Indian journal of veterinary science and animal husbandry - Volumes 28-29, 1958-1959
Year: 1958
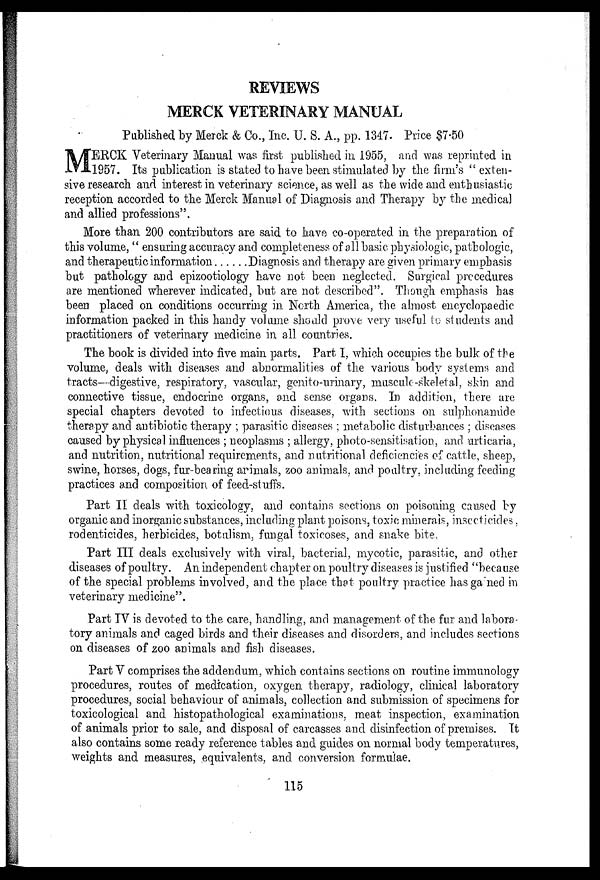
REVIEWS
MERCK VETERINARY MANUAL
Published by Merck & Co., Inc. U. S. A., pp. 1347. Price $7.50
M ERCK Veterinary Manual was first published in 1955, and was reprinted in
1957. Its publication is stated to have been stimulated by the firm's " exten-
sive research and interest in veterinary science, as well as the wide and enthusiastic
reception accorded to the Merck Manual of Diagnosis and Therapy by the medical
and allied professions"
More than 200 contributors are said to have co-operated in the preparation of
this volume, " ensuring accuracy and completeness of all basic physiologic, pathologic,
and therapeutic information
Diagnosis and therapy are given primary emphasis
but pathology and epizootiology have not been neglected. Surgical procedures
are mentioned wherever indicated, but are not described". Though emphasis has
been placed on conditions occurring in North America, the almost encyclopaedic
information packed in this handy volume should prove very useful to students and
practitioners of veterinary medicine in all countries.
The book is divided into five main parts. Part I, which occupies the bulk of the
volume, deals with diseases and abnormalities of the various body systems and
tracts—digestive, respiratory, vascular, genito-urinary, muscule-skeletal, skin and
connective tissue, endocrine organs, and sense organs. In addition, there are
special chapters devoted to infectious diseases, with sections on sulphonamide
therapy and antibiotic therapy ; parasitic diseases ; metabolic disturbances ; diseases
caused by physical influences ; neoplasms ; allergy, photo-sensitisation, and urticaria,
and nutrition, nutritional requirements, and nutritional deficiencies of cattle, sheep,
swine, horses, dogs, fur-bearing animals, zoo animals, and poultry, including feeding
practices and composition of feed-stuffs.
Part II deals with toxicology, and contains sections on poisoning caused by
organic and inorganic substances, including plant poisons, toxic minerals, insecticides,
rodenticides, herbicides, botulism, fungal toxicoses, and snake bite.
Part III deals exclusively with viral, bacterial, mycotic, parasitic, and other
diseases of poultry. An independent chapter on poultry diseases is justified "because
of the special problems involved, and the place that poultry practice has gained in
veterinary medicine".
Part IV is devoted to the care, handling, and management of the fur and labora-
tory animals and caged birds and their diseases and disorders, and includes sections
on diseases of zoo animals and fish diseases.
Part V comprises the addendum, which contains sections on routine immunology
procedures, routes of medication, oxygen therapy, radiology, clinical laboratory
procedures, social behaviour of animals, collection and submission of specimens for
toxicological and histopathological examinations, meat inspection, examination
of animals prior to sale, and disposal of carcasses and disinfection of premises. It
also contains some ready reference tables and guides on normal body temperatures,
weights and measures, equivalents, and conversion formulae.
115